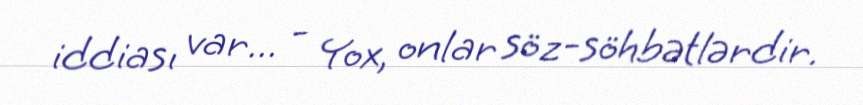
iddiası var... - Yox, onlar söz-söhbətlərdir.